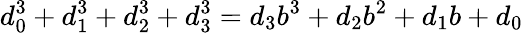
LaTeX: d_{0}^{3}+d_{1}^{3}+d_{2}^{3}+d_{3}^{3}=d_{3}b^{3}+d_{2}b^{2}+d_{1}b+d_{0}